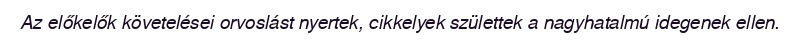
Az előkelők követelései orvoslást nyertek, cikkelyek születtek a nagyhatalmú idegenek ellen.